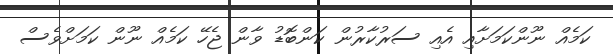
ކަމެއް ނޫންކަމަށާއި އެއި ސަރުކާރުން ކަންބޮޑު ވާން ޖެހޭ ކަމެއް ނޫން ކަމަށްވެސް